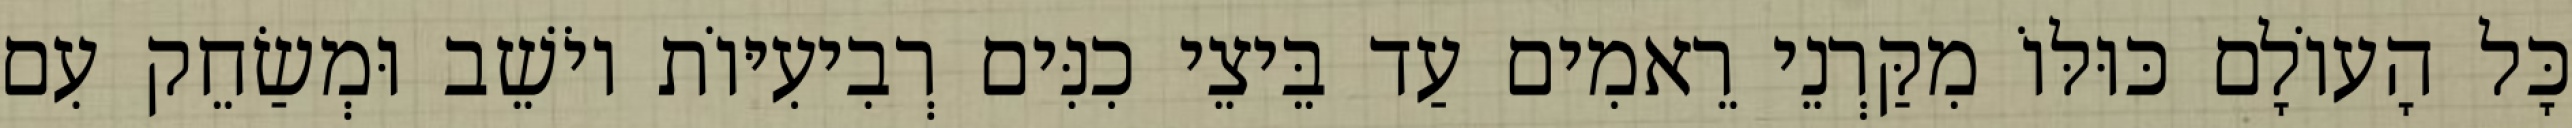
כָּל הָעוֹלָם כּוּלּוֹ מִקַּרְנֵי רֵאמִים עַד בֵּיצֵי כִנִּים רְבִיעִיּוֹת יוֹשֵׁב וּמְשַׂחֵק עִם